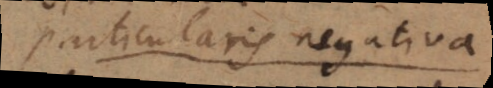
particularis negativa